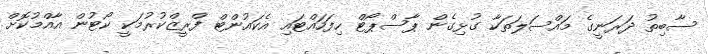
ސާބިތު ދަރަނީގެ މައްސަލަތަކާ ގުޅިގެން ޕާސްޕޯޓް ހިފަހައްޓައި އެކައުންޓް ފްރީޒްކުރުމަކީ ކޯޓުން އާއްމުކޮށް